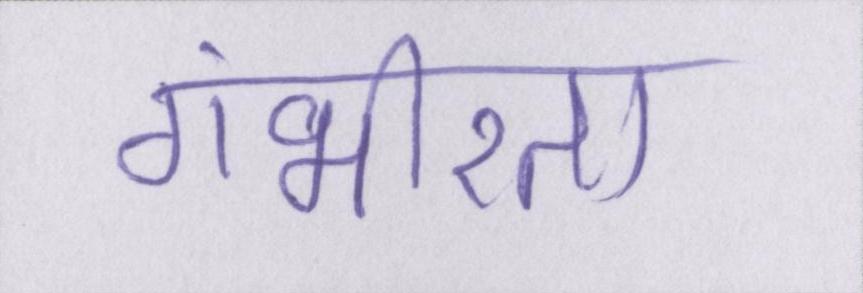
गंभीरता